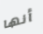
أنها